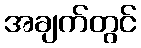
အချက်တွင်